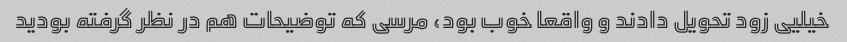
خیلیی زود تحویل دادند و واقعا خوب بود، مرسی که توضیحات هم در نظر گرفته بودید